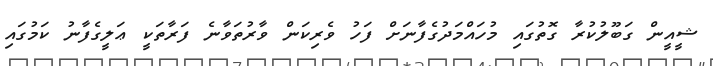
ޝީއީން ގަބޫލުކުރާ ގޮތުގައި މުހައްމަދުގެފާނަށް ފަހު ވެރިކަން ވާރުތަވާނެ ފަރާތަކީ ޢަލީގެފާނު ކަމުގައި